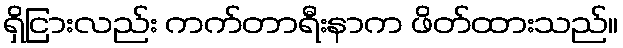
ရှိငြားလည်း ကက်တာရီးနာက ဖိတ်ထားသည်။